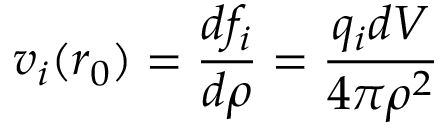
v _ { i } ( \boldsymbol { r _ { 0 } } ) = \frac { d f _ { i } } { d \rho } = \frac { q _ { i } d V } { 4 \pi \rho ^ { 2 } }